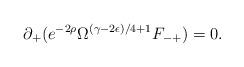
LaTeX: \begin{align*}\partial_+(e^{-2 \rho } \Omega^{(\gamma -2\epsilon)/4 +1} F_{-+})=0.\end{align*}